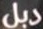
دبل